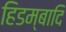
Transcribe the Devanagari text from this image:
हिडम्बादि